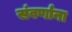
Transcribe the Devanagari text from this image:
संवर्णाना